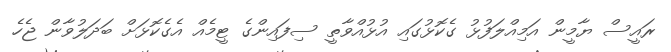
ރައީސް ޔާމީން އަމިއްލަފުޅު ގެކޮޅުގައި އުޅުއްވާތީ ސިފައިންގެ ޓީމެއް އެގެކޮޅަށް ބަދަލުވާން ޖެހެ